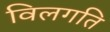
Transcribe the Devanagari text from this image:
विलगति